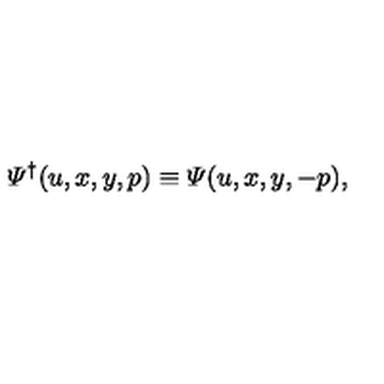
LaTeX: { \mit \Psi } ^ { \dagger } ( u , x , y , p ) \equiv { \mit \Psi } ( u , x , y , - p ) ,